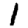
Digit: 1